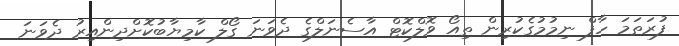
ފުރަތަމަ ހާފް ނިމުމުގެކުރިން ތިއޯ ވޮލްކޮޓް އާސެނަލްގެ ދެވަނަ ގޯލް ކާމިޔާބުކޮށްދިންއިރު ދެވަނަ